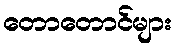
တောတောင်များ